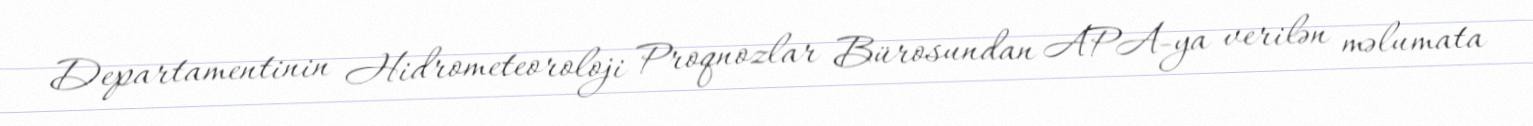
Departamentinin Hidrometeoroloji Proqnozlar Bürosundan APA-ya verilən məlumata